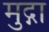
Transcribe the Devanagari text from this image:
मुद्गा